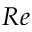
R e